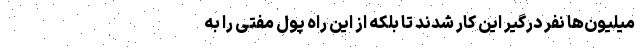
میلیون‌ها نفر درگیر این کار شدند تا بلکه از این راه پول مفتی را به